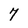
Character: 7